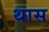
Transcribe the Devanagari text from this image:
थास